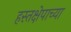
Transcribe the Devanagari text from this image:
हस्तक्षेपाच्या